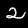
Label: 2